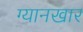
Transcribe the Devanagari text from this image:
ग्यानखार